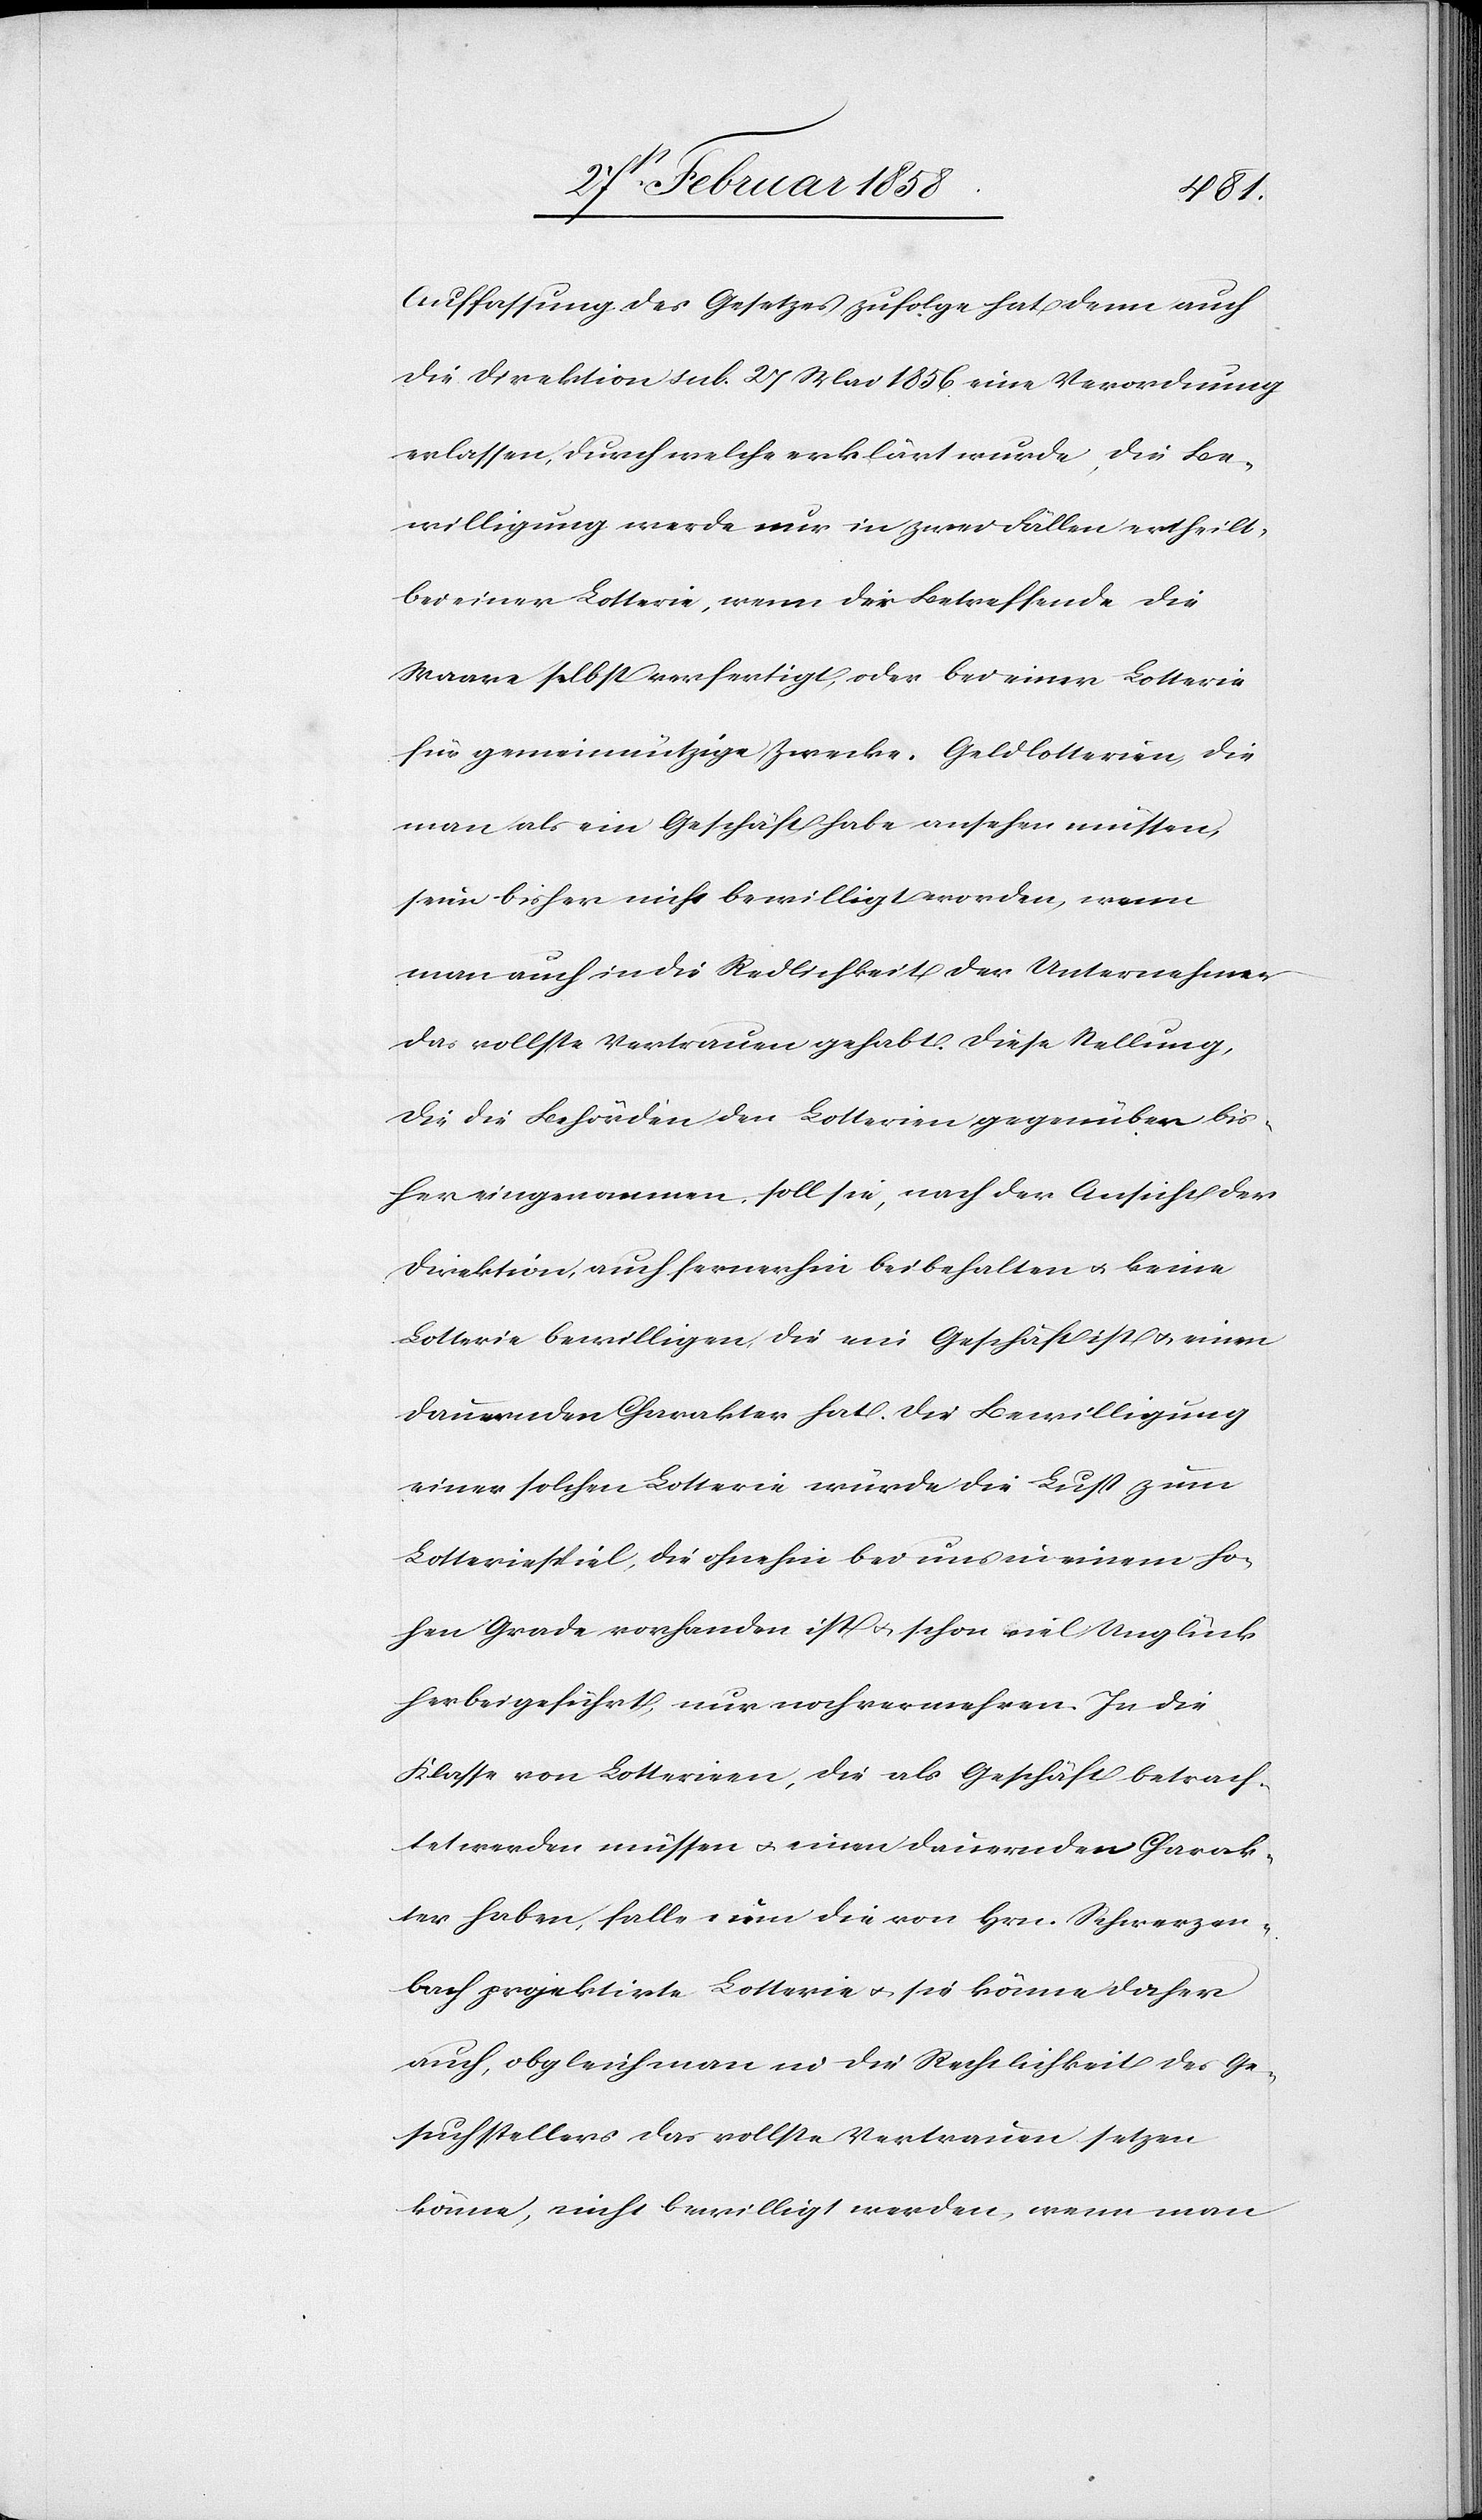
Auffassung des Gesetzes zufolge hat denn auch
die Direktion sub. 27 Mai 1856 eine Verordnung
erlassen, durch welche erklärt wurde, die Be¬
willigung werde nur in zwei Fällen ertheilt,
bei einer Lotterie, wenn der Betreffende die
Waare selbst verfertigt, oder bei einer Lotterie
für gemeinnützige Zwecke. Geldlotterien, die
man als ein Geschäft habe ansehen müssen,
seien bisher nicht bewilligt worden, wenn
man auch in die Redlichkeit der Unternehmer
das vollste Vertrauen gehabt. Diese Stellung,
die die Behörden den Lotterien gegenüber bis¬
her eingenommen, soll sie, nach der Ansicht der
Direktion, auch fernerhin beibehalten u. keine
Lotterie bewilligen, die ein Geschäft ist u. einen
dauernden Charakter hat. Die Bewilligung
einer solchen Lotterie würde die Lust zum
Lotteriespiel, die ohnehin bei uns in einem ho¬
hen Grade vorhanden ist u. schon viel Unglück
herbeigeführt, nur noch vermehren. In die
Klasse von Lotterien, die als Geschäft betrach¬
tet werden müssen u. einen dauernden Charak¬
ter haben, falle nun die von Hrn. Schwerzen¬
bach projektirte Lotterie u. sie könne daher
auch, obgleich man in die Rechtlichkeit des Ge¬
suchstellers das vollste Vertrauen setzen
könne, nicht bewilligt werden, wenn man